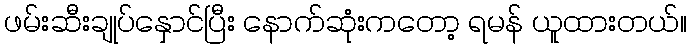
ဖမ်းဆီးချုပ်နှောင်ပြီး နောက်ဆုံးကတော့ ရမန် ယူထားတယ်။